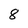
Character: 8